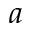
\boldsymbol { a }